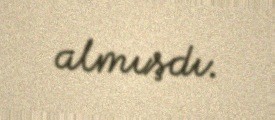
almışdı.